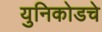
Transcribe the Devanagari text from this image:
युनिकोडचे